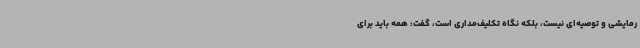
رمایشی و توصیه‌ای نیست، بلکه نگاه تکلیف‌مداری است، گفت: همه باید برای